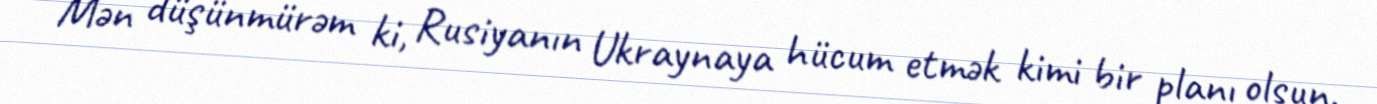
Mən düşünmürəm ki, Rusiyanın Ukraynaya hücum etmək kimi bir planı olsun.